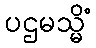
ပဌမသ္မိံ